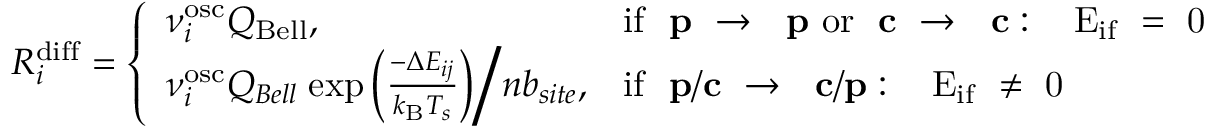
R _ { i } ^ { \mathrm { { d i f f } } } = \left\{ \begin{array} { l l } { \nu _ { i } ^ { \mathrm { o s c } } Q _ { \mathrm { { B e l l } } } , } & { \mathrm { i f ~ { \bf ~ p } ~ \rightarrow ~ { \bf ~ p } ~ o r ~ { \bf ~ c } ~ \rightarrow ~ { \bf ~ c } : ~ \Delta ~ E _ { i f } ~ = ~ 0 ~ } } \\ { \nu _ { i } ^ { \mathrm { o s c } } Q _ { B e l l } \; \mathrm { e x p } \left( \frac { - \Delta E _ { i j } } { k _ { \mathrm { { B } } } T _ { s } } \right) \bigg / n b _ { s i t e } , } & { \mathrm { i f ~ { \bf ~ p / c } ~ \rightarrow ~ { \bf ~ c / p } : ~ \Delta ~ E _ { i f } ~ \ne ~ 0 ~ } } \end{array} \right.